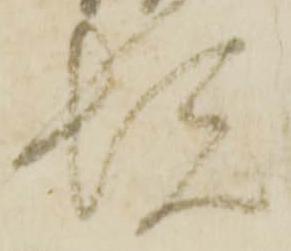
悦